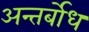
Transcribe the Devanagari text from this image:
अन्तर्बोध